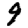
Digit: 9